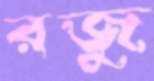
রজু